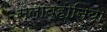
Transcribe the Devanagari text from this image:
स्लाव्होनिया